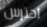
احترس